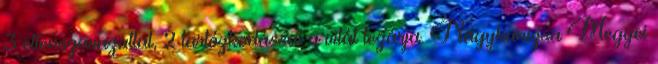
3 ellenszavazattal, 2 tartózkodással a vitát lezárja. Nagykanizsa Megyei